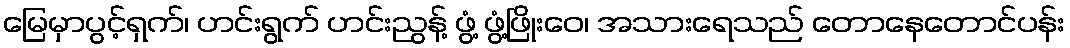
မြေမှာပွင့်ရှက်၊ ဟင်းရွက် ဟင်းညွန့် ဖွံ့ ဖွံ့ဖြိုးဝေ၊ အသားရေသည် တောနေတောင်ပန်း